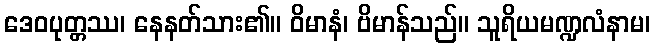
ဒေဝပုတ္တဿ၊ နေနတ်သား၏။ ဝိမာနံ၊ ဗိမာန်သည်။ သူရိယမဏ္ဍလံနာမ၊